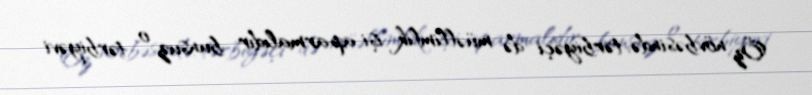
Öz növbəsində, tərbiyəçi də müəllimlik işi aparmalıdır; bunsuz o, tərbiyəvi